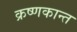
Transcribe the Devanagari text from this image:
क्रष्णकान्त